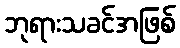
ဘုရားသခင်အဖြစ်